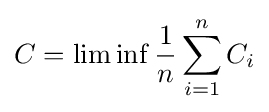
C=\lim \inf {\frac {1}{n}}\sum _{i=1}^{n}C_{i}